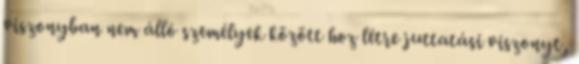
viszonyban nem álló személyek között hoz létre juttatási viszonyt,